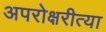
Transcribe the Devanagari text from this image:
अपरोक्षरीत्या